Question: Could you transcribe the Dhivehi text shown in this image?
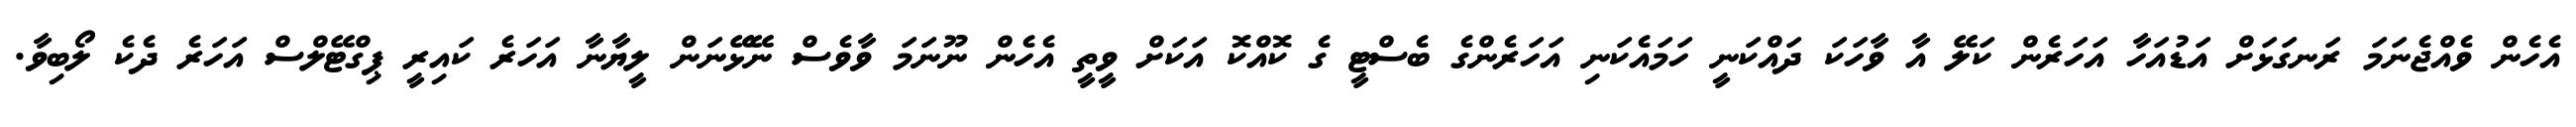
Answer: އެހެން ވެއްޖެނަމަ ރަނގަޅަށް އަޑުއަހާ އަހަރެން ކަލޭ އާ ވާހަކަ ދައްކަނީ ހަމައެކަނި އަހަރެންގެ ބެސްޓީ ގެ ކޮއްކޮ އަކަށް ވީތީ އެހެން ނޫނަމަ ވާވެސް ނޭޅޭނަން ލީޔާނާ އަހަރެ ކައިރީ ޕިގްޓޭލްސް އަހަރެ ދެކެ ލޯބިވާ.